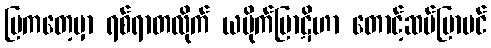
ပြကတေ့မှာ ရစ်ရာတလိုက် ယမိုက်ပြာဋိဟာ တောင့်ဆပ်ပြာပင်